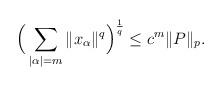
LaTeX: \begin{align*}\Big( \sum_{\vert \alpha \vert = m} \Vert x_{\alpha} \Vert^{q} \Big)^{\frac{1}{q}} \leq c^{m} \|P\|_p.\end{align*}